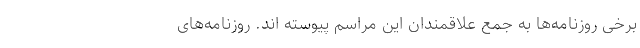
برخی روزنامه‌ها به جمع علاقمندان این مراسم پیوسته اند. روزنامه‌های